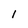
Character: I